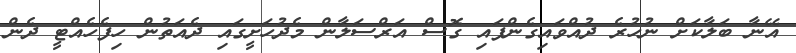
އޭނާ ބަލާކަށް ނުހުރެ ދުއްވައިގެންފައި ގޮސް އަރްސަލާން މެދުހަށީގައި ދެއަތުން ހިފެހެެއްޓީ ދެން